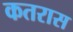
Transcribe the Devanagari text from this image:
कतरास